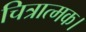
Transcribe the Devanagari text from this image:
चित्रात्मक।